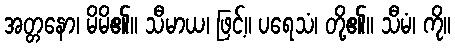
အတ္တနော၊ မိမိ၏။ သီမာယ၊ ဖြင့်။ ပရေသံ၊ တို့၏။ သီမံ၊ ကို။